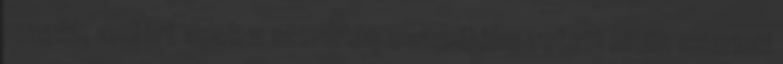
magát, amiért azok a sterilitás eszméjébe vetett hitük szerinti